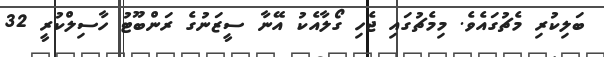
ބަލިކުރި މެޗުގައެވެ. މިމެޗުގައި ޖެހި ގޯލާއެކު އޭނާ ސީޒަނުގެ ރަންބޫޓު ހާސިލްކުރީ 32